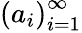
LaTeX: \left(a_{i}\right)_{i=1}^{\infty}